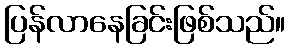
ပြန်လာနေခြင်းဖြစ်သည်။